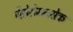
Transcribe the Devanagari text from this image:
जैसेरोमनसेक